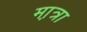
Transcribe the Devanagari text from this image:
मा़त्रा